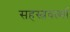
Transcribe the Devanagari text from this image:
सहस्‍त्रवर्त्‍मा